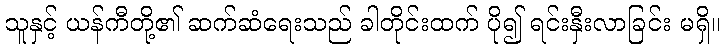
သူနှင့် ယန်ကီတို့၏ ဆက်ဆံရေးသည် ခါတိုင်းထက် ပို၍ ရင်းနှီးလာခြင်း မရှိ။